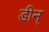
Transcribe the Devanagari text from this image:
डीन्